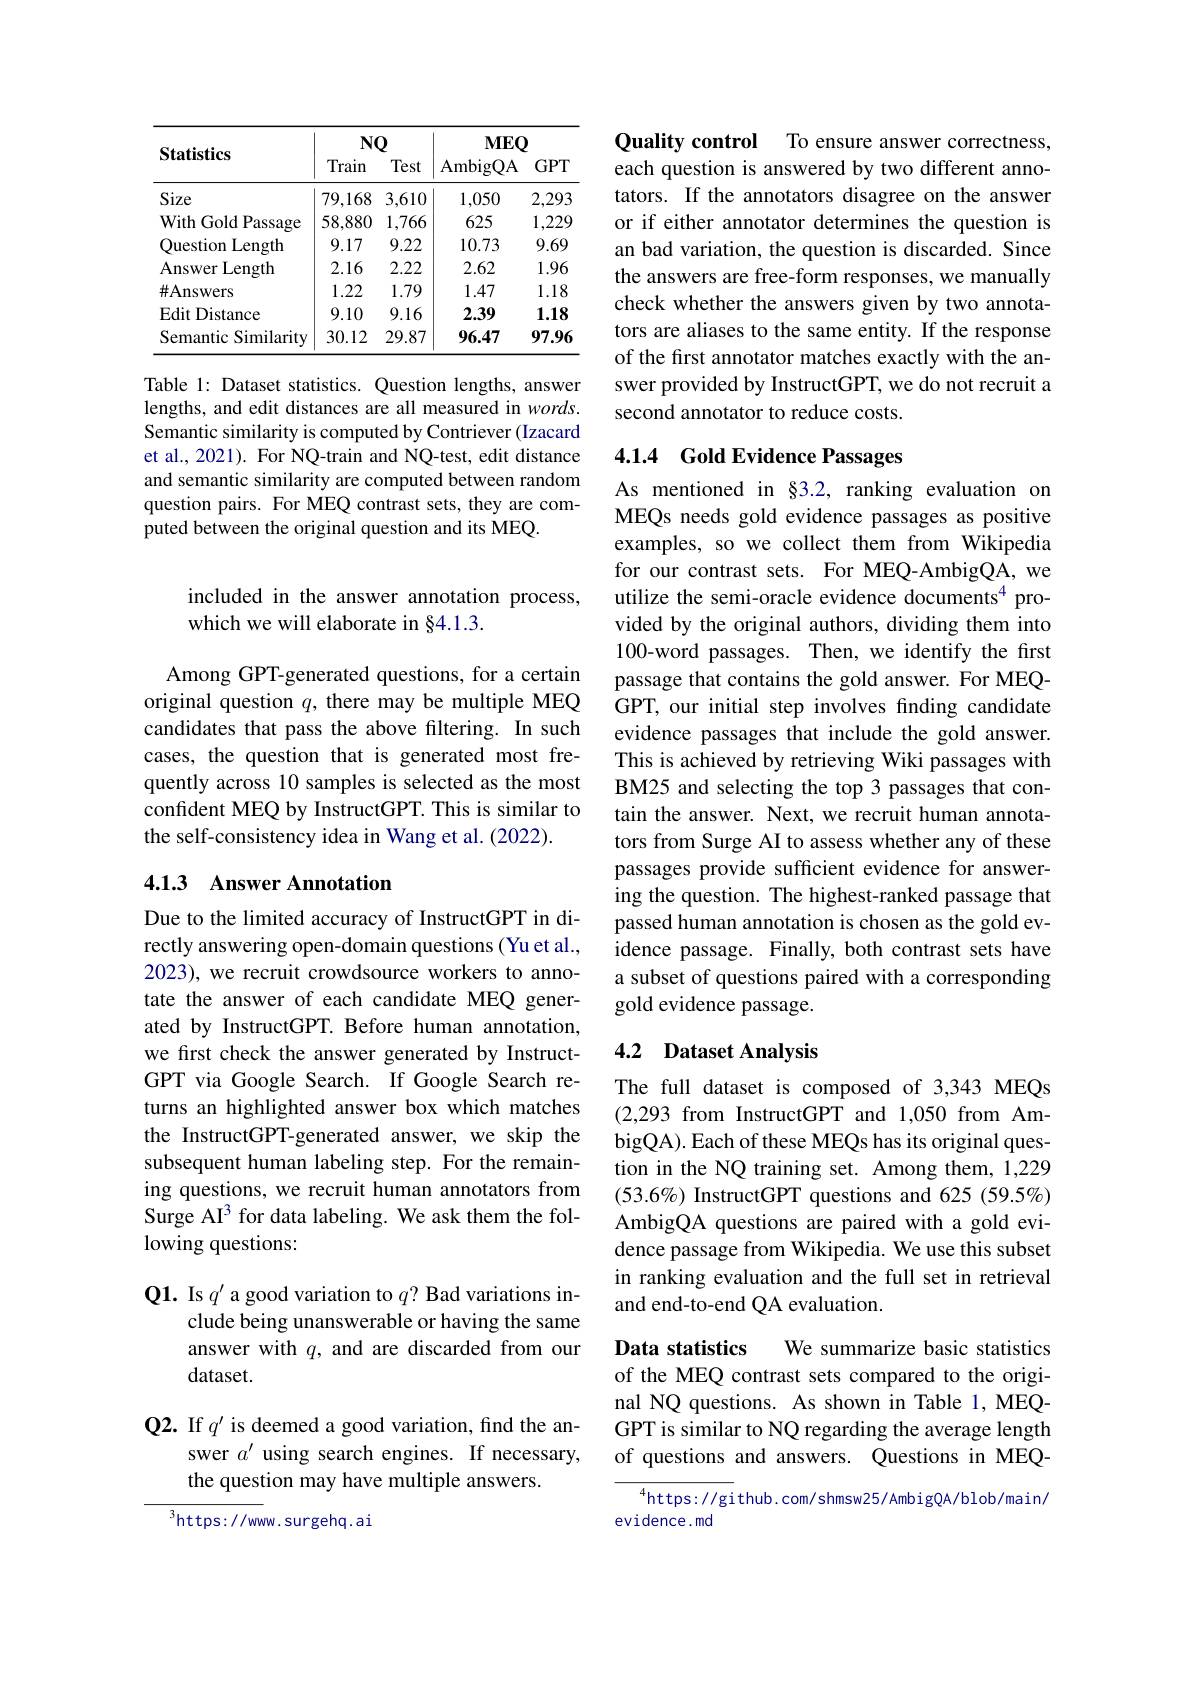
<table>
	<tbody>
		<tr>
			<th>Statistics</th>
			<th>$Nu$ Train</th>
			<th>$Q$ Test</th>
			<th>$MEC$ AmbigQA</th>
			<th>2 $GPT$</th>
		</tr>
		<tr>
			<td>Size</td>
			<td>79,168</td>
			<td>3,610</td>
			<td>1,050</td>
			<td>2,293</td>
		</tr>
		<tr>
			<td>With h Gold Passage</td>
			<td>58,880</td>
			<td>1,766 </td>
			<td>625</td>
			<td>1,229 </td>
		</tr>
		<tr>
			<td>Ouestion lLength</td>
			<td>9.17</td>
			<td>9.22</td>
			<td>10.73</td>
			<td>9.69</td>
		</tr>
		<tr>
			<td>Answer Length</td>
			<td>2.16</td>
			<td>2.22</td>
			<td>2.62</td>
			<td>1.96</td>
		</tr>
		<tr>
			<td>$\#$Answers</td>
			<td>1.22</td>
			<td>1.79</td>
			<td>1.47</td>
			<td>1.18</td>
		</tr>
		<tr>
			<td>Edit Distance</td>
			<td>9.10</td>
			<td>9.16</td>
			<td>2.39</td>
			<td>1.18</td>
		</tr>
		<tr>
			<td>Semantic Similarity</td>
			<td>30.12</td>
			<td>29.87</td>
			<td>96.47</td>
			<td>97.96</td>
		</tr>
	</tbody>
</table>

Table 1: Dataset statistics. Question lengths, answer lengths, and edit distances are all measured in $words.$ Semantic similarity is computed by Contriever (Izacard et al., 2021). For NQ-train and NQ-test, edit distance and semantic similarity are computed between random question pairs. For MEQ contrast sets, they are computed between the original question and its MEQ.

included in the answer annotation process,
which we will elaborate in §4.1.3.

Among GPT-generated questions, for a certain original question $q$, there may be multiple MEQ candidates that pass the above filtering. In such cases, the question that is generated most frequently across 10 samples is selected as the most confident MEQ by InstructGPT. This is similar to the self-consistency idea in Wang et al. (2022).

## 4.1.3 Answer Annotation

Due to the limited accuracy of InstructGPT in directly answering open-domain questions (Yu et al., 2023), we recruit crowdsource workers to annotate the answer of each candidate MEQ generated by InstructGPT. Before human annotation, we first check the answer generated by InstructGPT via Google Search. If Google Search returns an highlighted answer box which matches the InstructGPT-generated answer, we skip the subsequent human labeling step. For the remaining questions, we recruit human annotators from Surge AI^3 for data labeling. We ask them the following questions:

Q1. Is $q^\prime$ a good variation to $q?$ Bad variations in-
clude being unanswerable or having the same answer with $q$, and are discarded from our dataset.

Q2. If $q^\prime$ is deemed a good variation, find the an-
swer $a^\prime$ using search engines. If necessary,
the question may have multiple answers.

${\overline{^{3}\mathrm{https://ww}}}$w.surgehq.ai

Quality control To ensure answer correctness each question is answered by two different annotators. If the annotators disagree on the answer or if either annotator determines the question is an bad variation, the question is discarded. Since the answers are free-form responses, we manually check whether the answers given by two annotators are aliases to the same entity. If the response of the first annotator matches exactly with the answer provided by InstructGPT, we do not recruit a second annotator to reduce costs.

## 4.1.4 Gold Evidence Passages

As mentioned in §3.2, ranking evaluation on MEQs needs gold evidence passages as positive examples, so we collect them from Wikipedia for our contrast sets. For MEQ-AmbigQA, we utilize the semi-oracle evidence documents$^{4}$ provided by the original authors, dividing them into 100-word passages. Then, we identify the first passage that contains the gold answer. For MEQGPT, our initial step involves fnding candidate evidence passages that include the gold answer. This is achieved by retrieving Wiki passages with BM25 and selecting the top 3 passages that contain the answer. Next, we recruit human annotators from Surge AI to assess whether any of these passages provide sufficient evidence for answering the question. The highest-ranked passage that passed human annotation is chosen as the gold evidence passage. Finally, both contrast sets have a subset of questions paired with a corresponding gold evidence passage.

## 4.2 Dataset Analysis

The full dataset is composed of 3,343 MEQs (2,293 from InstructGPT and 1,050 from AmbigQA). Each of these MEQs has its original question in the NQ training set. Among them, 1,229 (53.6%) InstructGPT questions and 625 (59.5%) AmbigQA questions are paired with a gold evidence passage from Wikipedia. We use this subset in ranking evaluation and the full set in retrieval and end-to-end QA evaluation.

Data statistics

We summarize basic statistics
of the MEQ contrast sets compared to the original NQ questions. As shown in Table 1, MEQGPT is similar to NQ regarding the average length of questions and answers. Questions in MEQ-

${{^4}\mathrm{https://gi}}$thub.com/shmsw25/AmbigQA/blob/main/
evidence.md